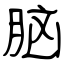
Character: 脑